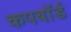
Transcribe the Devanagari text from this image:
कपबाॅर्ड